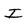
Character: I